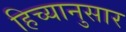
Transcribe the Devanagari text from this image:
हिच्यानुसार